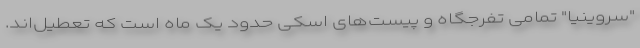
"سروینیا" تمامی تفرجگا‌ه و پیست‌های اسکی حدود یک ماه است که تعطیل‌اند.